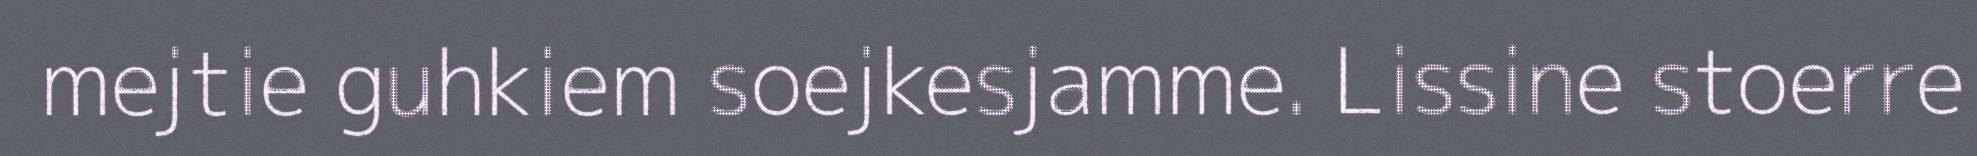
mejtie guhkiem soejkesjamme. Lissine stoerre